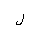
Letter: _lam